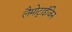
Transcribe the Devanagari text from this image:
लैमोट्राईजिन